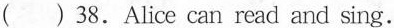
( ) 38.Alice can read and sing.